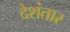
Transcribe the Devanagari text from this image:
देशंतार